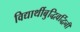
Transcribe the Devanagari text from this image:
विद्यार्थीबुद्धिवर्द्धिनी